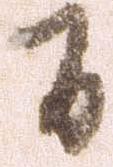
間